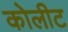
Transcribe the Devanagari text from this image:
कोलीट